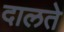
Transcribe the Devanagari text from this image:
दालते